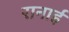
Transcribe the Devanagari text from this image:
रानाई